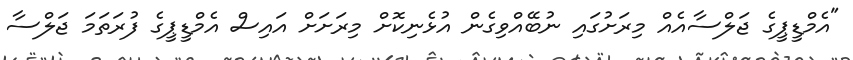
"އެމްޑީޕީގެ ޖަލްސާއެއް މިރަށުގައި ނުބޭއްވިގެން އުޅެނިކޮށް މިރަށަށް އައިސް އެމްޑީޕީގެ ފުރަތަމަ ޖަލްސާ